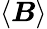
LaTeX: \left<\boldsymbol{B}\right>